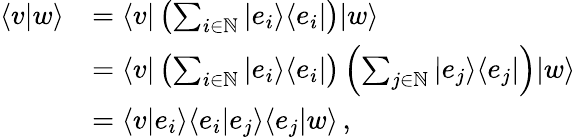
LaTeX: {\begin{array}{rl}{\langle v|w\rangle}&{=\langle v|\left(\sum_{i\in\mathbb{N}}|e_{i}\rangle\langle e_{i}|\right)|w\rangle}\\ &{=\langle v|\left(\sum_{i\in\mathbb{N}}|e_{i}\rangle\langle e_{i}|\right)\left(\sum_{j\in\mathbb{N}}|e_{j}\rangle\langle e_{j}|\right)|w\rangle}\\ &{=\langle v|e_{i}\rangle\langle e_{i}|e_{j}\rangle\langle e_{j}|w\rangle\, ,}\end{array}}